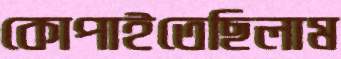
কোপাইতেছিলাম